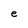
Character: e